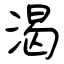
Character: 渴